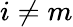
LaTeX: i\neq m